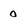
Character: 0